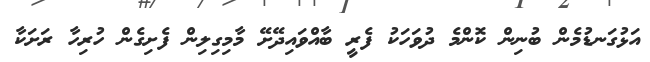
އަޅުގަނޑުމެން ބުނިން ކޮންމެ ދުވަހަކު ފެރީ ބާއްވައިދޭށޭ މާމިގިލިން ފެށިގެން ހުރިހާ ރަށަކާ